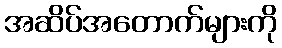
အဆိပ်အတောက်များကို